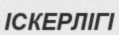
ІСКЕРЛІГІ